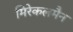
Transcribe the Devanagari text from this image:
मिरेकलमैन